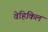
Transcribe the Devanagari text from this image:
वेहिकिल